Indian journal of veterinary science and animal husbandry - Volume 1,
Year: 1931
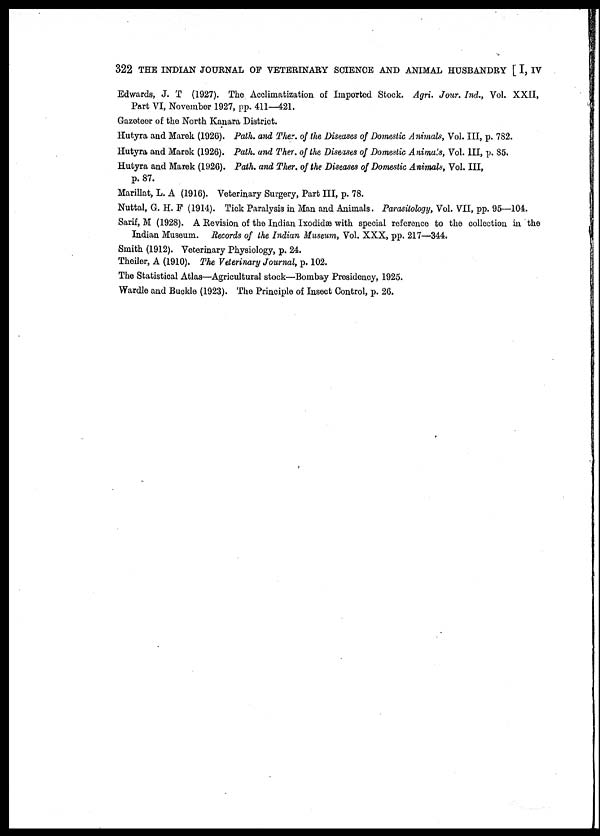
322 THE INDIAN JOURNAL OF VETERINARY SCIENCE AND ANIMAL HUSBANDRY [ I, IV
Edwards, J. T (1927). The Acclimatization of Imported Stock. Agri. Jour. Ind., Vol. XXII,
Part VI, November 1927, pp. 411—421.
Gazeteer of the North Kanara District.
Hutyra and Marek (1926). Path, and Ther, of the Diseases of Domestic Animals, Vol. III, p. 782.
Hutyra and Marek (1926). Path, and Ther. of the Diseases of Domestic Animals, Vol. III, p. 85.
Hutyra and Marek (1926). Path, and Ther. of the Diseases of Domestic Animals, Vol. III,
p. 87.
Marillat, L. A (1916). Veterinary Surgery, Part III, p. 78.
Nuttal, G. H. F (1914). Tick Paralysis in Man and Animals. Parasitology, Vol. VII, pp. 95—104.
Sarif, M (1928). A Revision of the Indian Ixodidæ with special reference to the collection in the
Indian Museum. Records of the Indian Museum, Vol. XXX, pp. 217—344.
Smith (1912). Veterinary Physiology, p. 24.
Theiler, A (1910). The Veterinary Journal, p. 102.
The Statistical Atlas—Agricultural stock—Bombay Presidency, 1925.
Wardle and Buckle (1923). The Principle of Insect Control, p. 26.